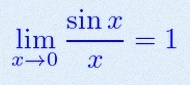
\lim_{x\to0}\frac{\sin x}{x}=1